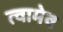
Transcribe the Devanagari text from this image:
त्वामेव